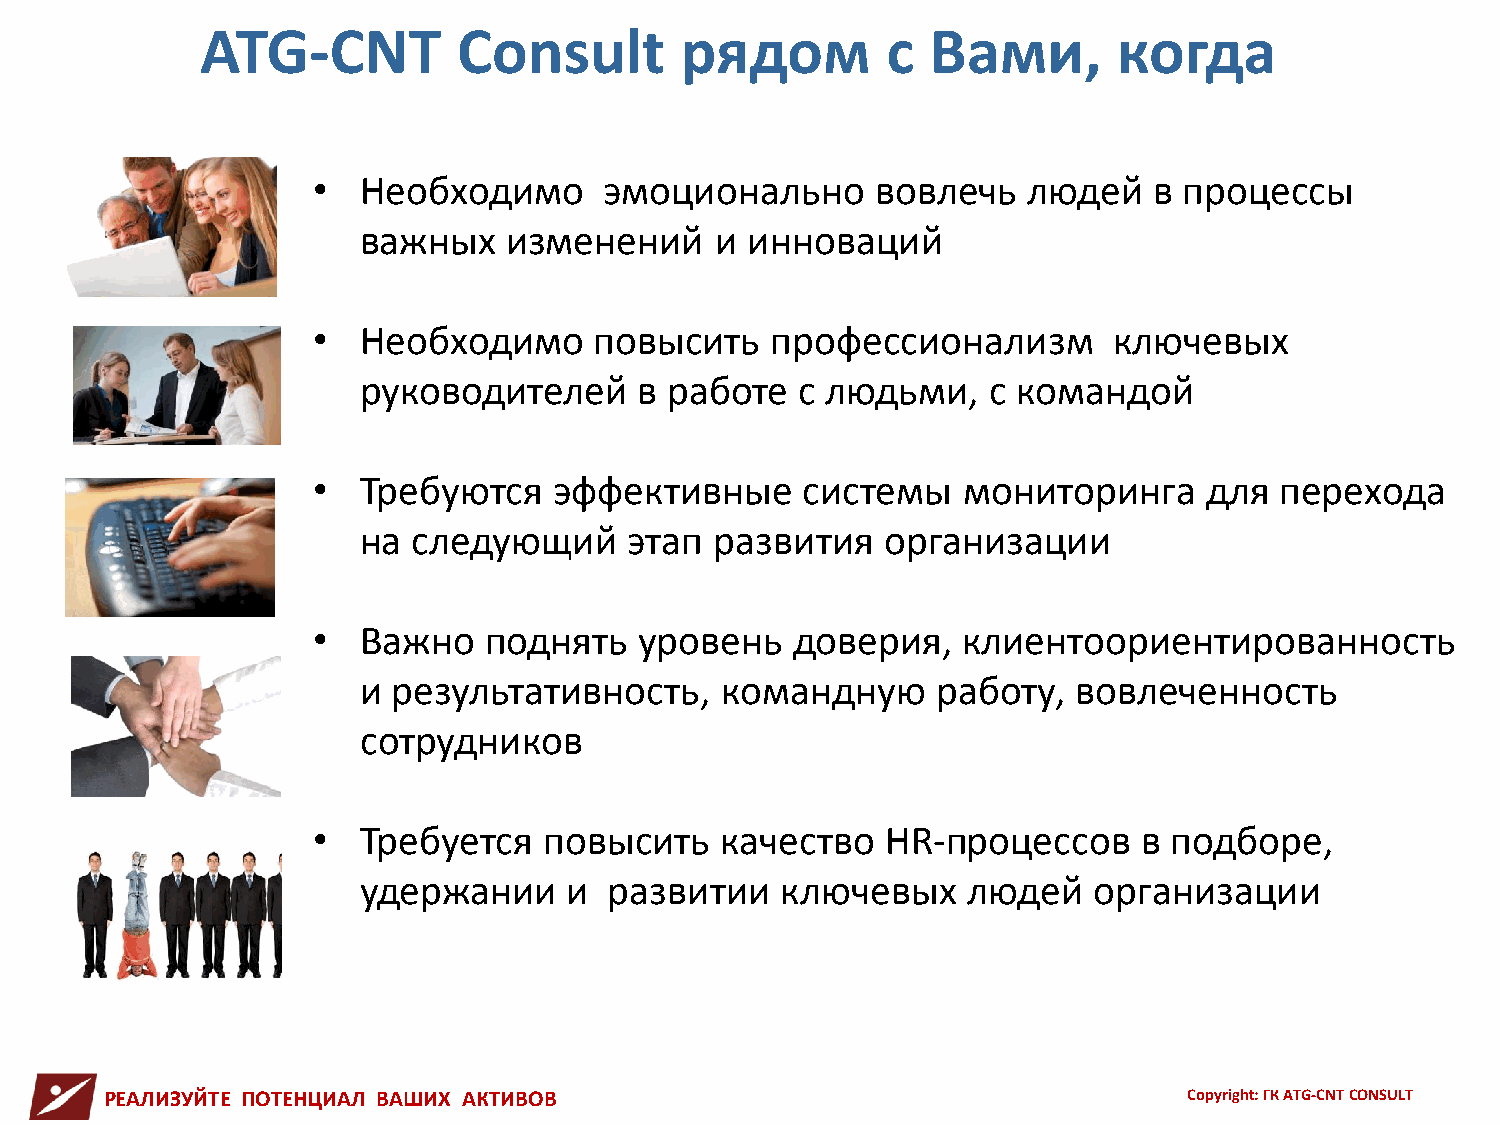
ATG-CNT          Consult        рядом         с  Вами,       когда
 •  Необходимо      эмоционально      вовлечь   людей   в процессы
 важных    изменений    и инноваций
 •  Необходимо     повысить    профессионализм        ключевых
 руководителей     в работе   с людьми,   с командой
 •  Требуются    эффективные     системы    мониторинга     для  перехода
 на следующий      этап развития    организации
 •  Важно   поднять   уровень   доверия,    клиентоориентированность
 и результативность,     командную     работу,  вовлеченность
 сотрудников
 •  Требуется   повысить    качество   HR-процессов     в подборе,
 удержании     и развитии    ключевых    людей   организации
 РЕАЛИЗУЙТЕ ПОТЕНЦИАЛ ВАШИХ АКТИВОВ                                      Copyright: ГК ATG-CNT CONSULT